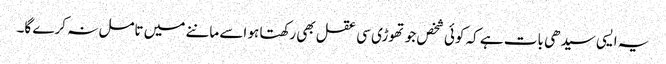
یہ ایسی سیدھی بات ہے کہ کوئی شخص جو تھوڑی سی عقل بھی رکھتا ہو اسے ماننے میں تامل نہ کرے گا۔